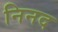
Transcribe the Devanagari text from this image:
निनद